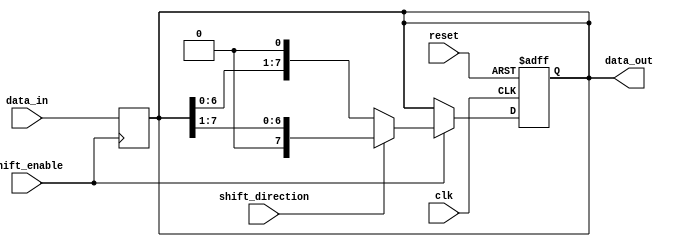
module parameterized_shift_register #(
    parameter WIDTH = 8  // Default width of the shift register
)(
    input wire clk,                   // Clock input
    input wire reset,                 // Asynchronous reset
    input wire shift_enable,          // Shift control
    input wire shift_direction,        // Shift direction: 0 = left, 1 = right
    input wire [WIDTH-1:0] data_in,   // Parallel data input
    output reg [WIDTH-1:0] data_out   // Parallel data output
);

    always @(posedge clk or posedge reset) begin
        if (reset) begin
            data_out <= {WIDTH{1'b0}}; // Clear register on reset
        end else if (shift_enable) begin
            if (shift_direction) begin
                // Shift right
                data_out <= {1'b0, data_out[WIDTH-1:1]}; // Shift right with zero fill
            end else begin
                // Shift left
                data_out <= {data_out[WIDTH-2:0], 1'b0}; // Shift left with zero fill
            end
        end
    end

    // Optional: Load data in parallel when shift_enable is low
    always @(negedge shift_enable) begin
        data_out <= data_in; // Load data_in when shifting is disabled
    end

endmodule